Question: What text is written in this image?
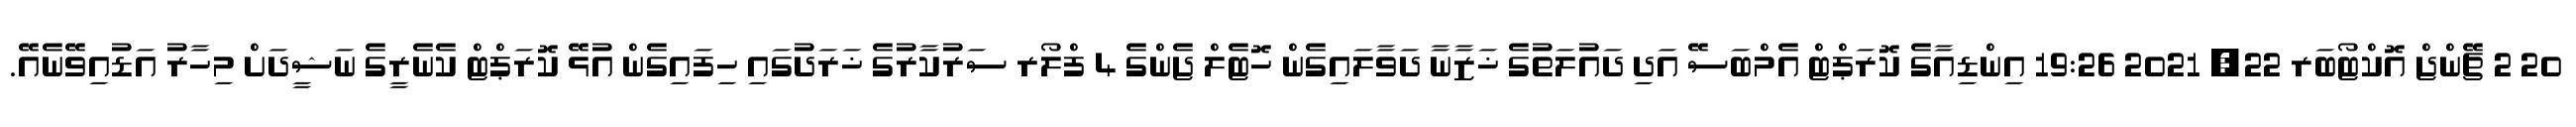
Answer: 20 2 ޗޭންޖް އޮކްޓޯބަރ 22, 2021 19:26 އިންޑިއާގެ ކޮރަޕްޓް އެމްބަސޭ އަދި ދައުލަތުގެ ޚަޒާނާ ދަވާލައިގެން ހޮޓެލް ޖެންގެ 4 ފްލޯރ ސަރުކާރުގެ ޚަރަދުގައި ހިފައިގެން އުޅޭ ކޮރަޕްޓް ކެނެރީގެ ނަޝީދަށް މިހާރު އަޑުއިވޭނެއޭ.